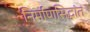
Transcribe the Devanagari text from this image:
निर्माणसिद्धांत